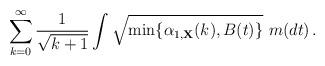
LaTeX: \begin{align*}\sum_{k=0}^\infty \frac{1}{\sqrt{k +1}} \int \sqrt {\min \{ \alpha_{1, {\bf X}}(k), B(t) \}} \ m(dt) \, .\end{align*}